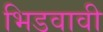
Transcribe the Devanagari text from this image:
भिडवावी